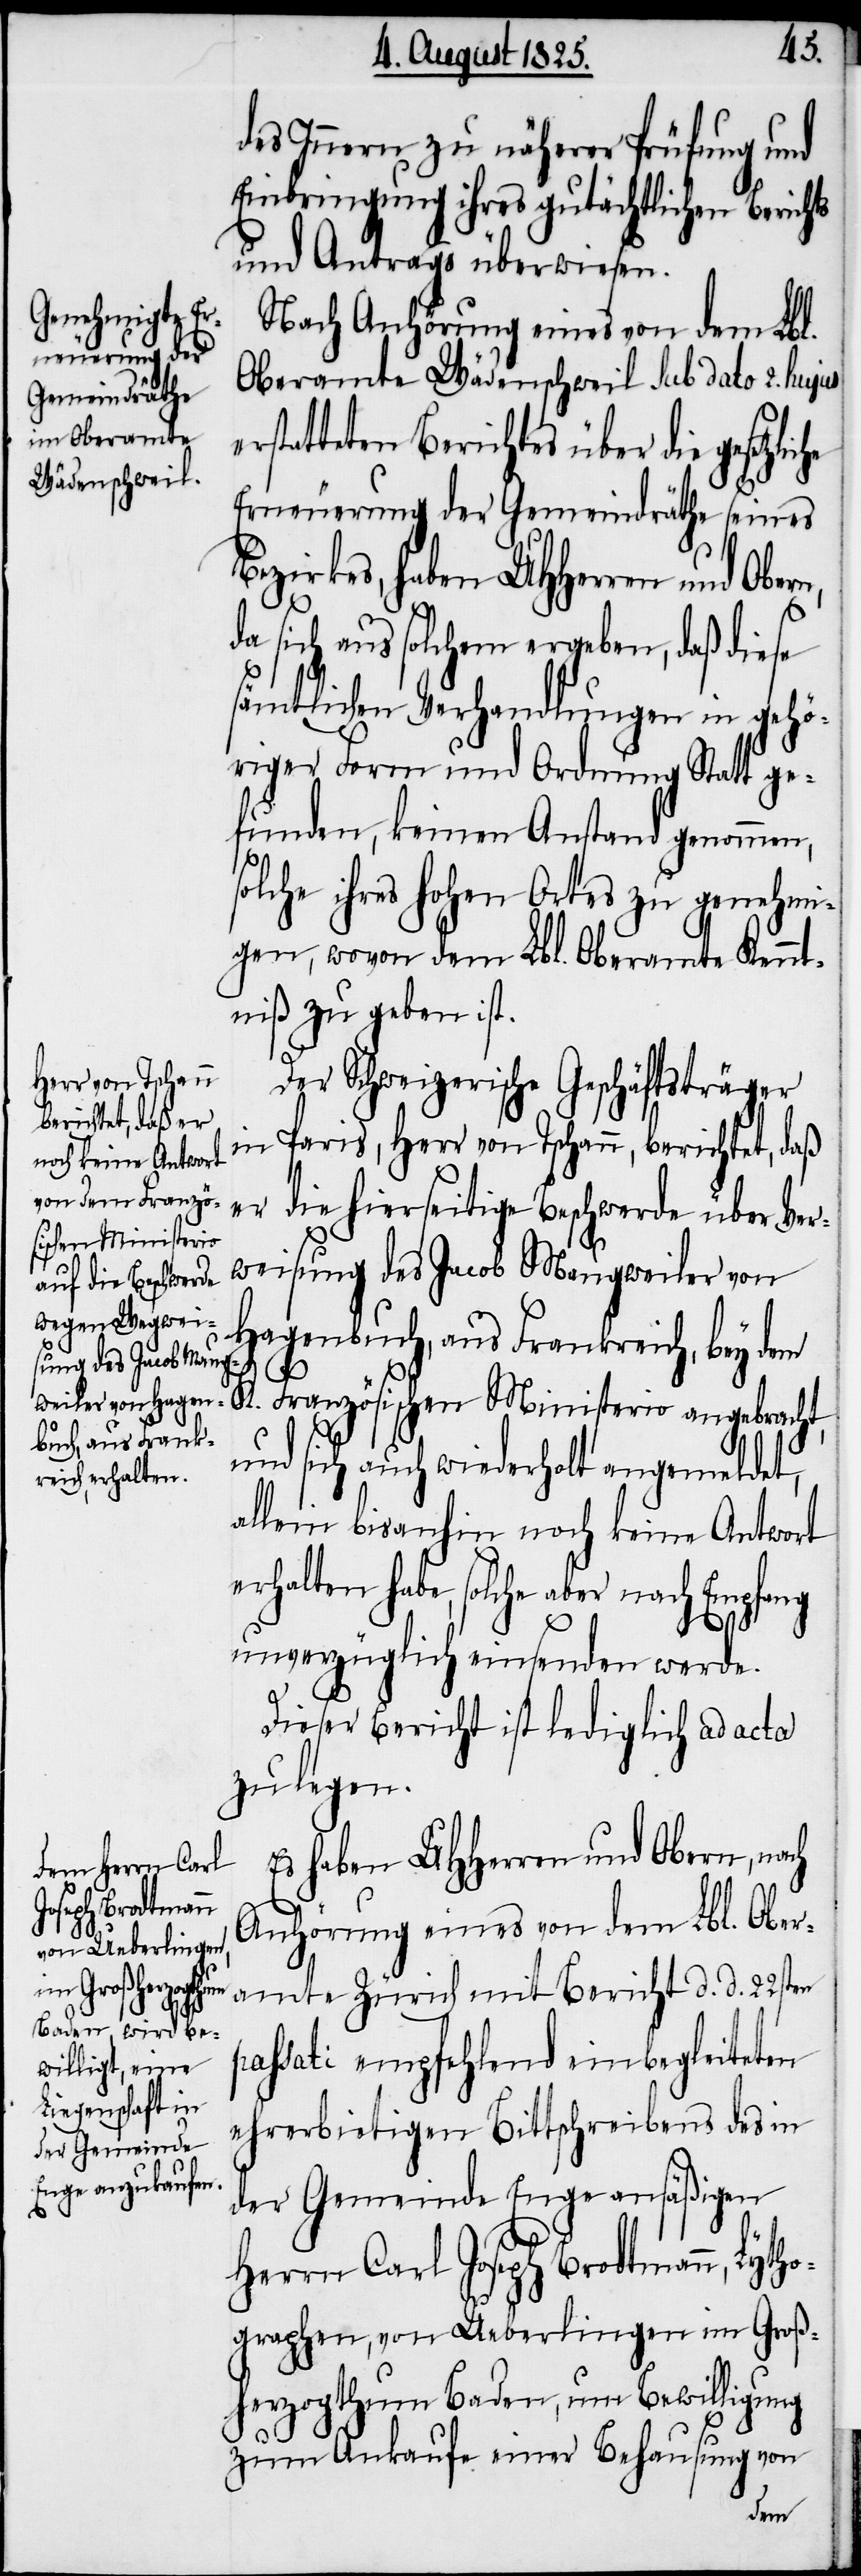
des Innern zu näherer Prüfung und
Einbringung ihres gutächtlichen Berichts
und Antrags überwiesen.
Nach Anhörung eines von dem Lbl.
Oberamte Wädenschweil sub dato 2. hujus
rstatteten Berichtes über die gesetzli¬
Erneuerung der Gemeindräthe seines
Bezirkes, haben UHHerren und Ober¬
da sich aus solchem ergeben, daß diese
sämtlichen Verhandlungen in gehö¬
riger Form und Ordnung Statt ge¬
funden, keinen Anstand genommen,
solche ihres hohen Ortes zu genehmi¬
gen, wovon dem Lbl. Oberamte Kennt¬
niß zu geben ist.
Der Schweizerische Geschäftsträger
in Paris, Herr Tschann, berichtet, daß
er die hierseitige Beschwerde über Ver¬
weisung des Jacob Maugweiler von
Hagenbuch, aus Frankreich, bey dem
K. Französischen Ministerio angebracht,
und sich auch wiederholt angemeldet,
allein bisanhin noch keine Antwort
erhalten habe, solche aber nach Empfang
unverzüglich einsenden werde.
Dieser Bericht ist lediglich ad acta
zu legen.
Es haben UHHerren und Obern, nach
n,
Anhörung eines von dem Lbl. Ober¬
amte Zürich mit Bericht d. d. 22sten
che
passati empfehlend einbegleiteten
ehrerbietigen Bittschreibens des in
der Gemeinde Enge ansäßigen
Herrn Carl Joseph Brodtmann, Lyth¬
ographen, von Ueberlingen im Groß¬
herzogthum Baden, um Bewilligung
zum Ankaufe einer Behausung von